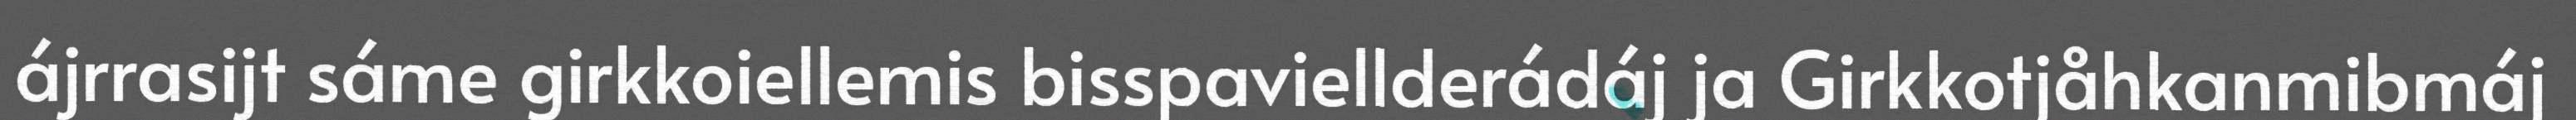
ájrrasijt sáme girkkoiellemis bisspaviellderádáj ja Girkkotjåhkanmibmáj